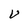
Character: U